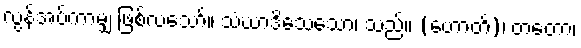
လွန်အပ်ကာမျှ ဖြစ်လသော်။ သံဃာဒိသေသော၊ သည်။ (ဟောတိ)၊ တတော၊